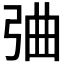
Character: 𢏣